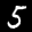
Label: 5